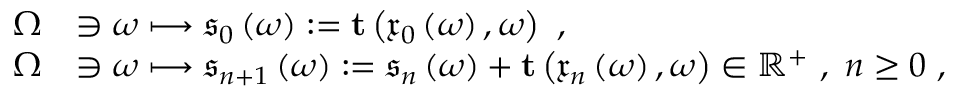
\begin{array} { r l } { \Omega } & { \ni \omega \longmapsto \mathfrak { s } _ { 0 } \left( \omega \right) : = \mathbf { t } \left( \mathfrak { x } _ { 0 } \left( \omega \right) , \omega \right) \ , } \\ { \Omega } & { \ni \omega \longmapsto \mathfrak { s } _ { n + 1 } \left( \omega \right) : = \mathfrak { s } _ { n } \left( \omega \right) + \mathbf { t } \left( \mathfrak { x } _ { n } \left( \omega \right) , \omega \right) \in \mathbb { R } ^ { + } \ , \ n \geq 0 \ , } \end{array}